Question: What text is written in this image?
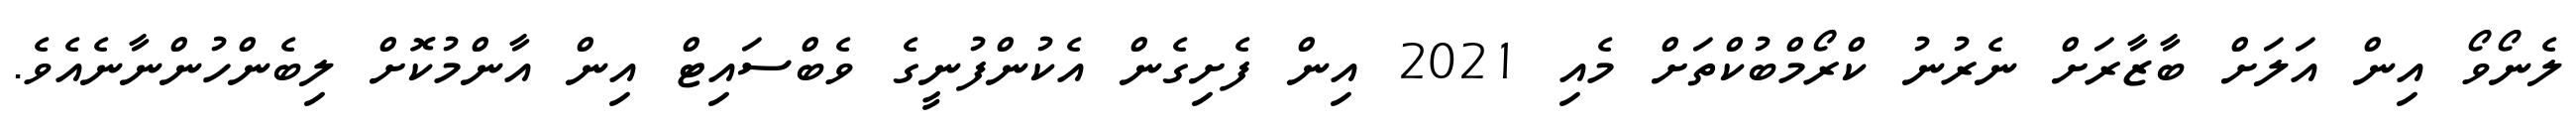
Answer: ލެނޯވޯ އިން އަލަށް ބާޒާރަށް ނެރުނު ކްރޯމްބުކްތަށް މެއި 2021 އިން ފެށިގެން އެކުންފުނީގެ ވެބްސައިޓް އިން އާންމުކޮށް ލިބެންހުންނާނެއެވެ.